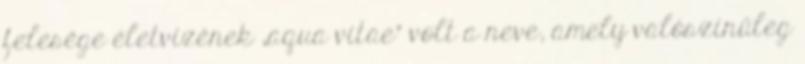
felesége életvizének „aqua vitae” volt a neve, amely valószínűleg